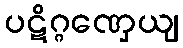
ပဋိဂ္ဂဏှေယျ